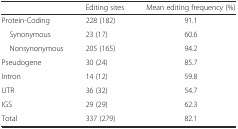
<table><thead><tr><td></td><td><b>Editing sites</b></td><td><b>Mean editing frequency (%)</b></td></tr></thead><tbody><tr><td>Protein-Coding</td><td>228 (182)</td><td>91.1</td></tr><tr><td> Synonymous</td><td>23 (17)</td><td>60.6</td></tr><tr><td> Nonsynonymous</td><td>205 (165)</td><td>94.2</td></tr><tr><td>Pseudogene</td><td>30 (24)</td><td>85.7</td></tr><tr><td>Intron</td><td>14 (12)</td><td>59.8</td></tr><tr><td>UTR</td><td>36 (32)</td><td>54.7</td></tr><tr><td>IGS</td><td>29 (29)</td><td>62.3</td></tr><tr><td>Total</td><td>337 (279)</td><td>82.1</td></tr></tbody></table>